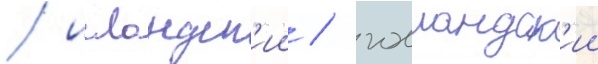
/ исландск'ии / голландск'ии